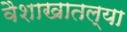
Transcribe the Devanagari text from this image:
वैशाखातल्या